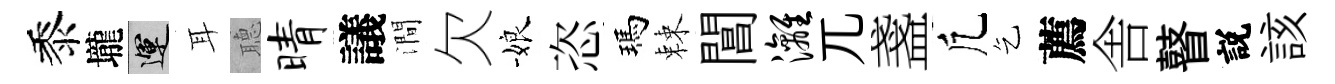
黍壠運耳𦗟晴議澗欠娘恣瑪棘閶漓兀盞凢乞薦舎瞽説該